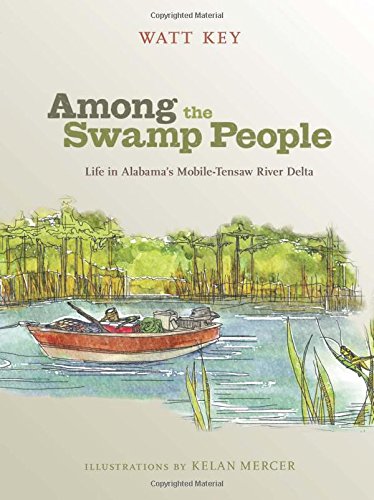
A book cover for Among the Swamp People: Life in AlabamaEEs Mobile-Tensaw River Delta; Watt Key; Science & Math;